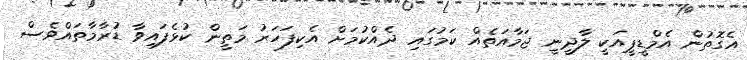
އެގޮތުން އެމްޑީޕީއަކީ ލާދީނީ ޖަމާއަތެއް ކަމުގައި ދެއްކުމަށް އެކިފަހަރު މަތީން ކުޅެފައިވާ ޑުރާމާތައްވެސް